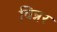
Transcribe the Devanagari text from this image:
विन्नर